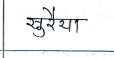
मजकूर: सुरैया